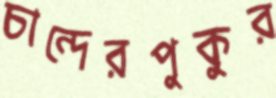
চান্দেরপুকুর